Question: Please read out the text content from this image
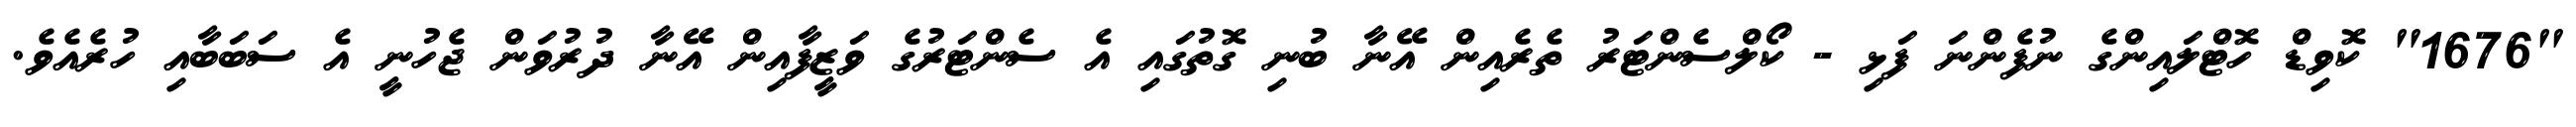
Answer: "1676" ކޮވިޑް ހޮޓްލައިންގެ ނުފެންނަ ފަޅި - ކޯލްސެންޓަރު ތެރެއިން އޭނާ ބުނި ގޮތުގައި އެ ސެންޓަރުގެ ވަޒީފާއިން އޭނާ ދުރުވަން ޖެހުނީ އެ ސަބަބާއި ހުރެއެވެ.